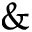
\&